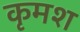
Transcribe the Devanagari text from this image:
कृमश